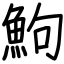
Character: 鮈